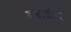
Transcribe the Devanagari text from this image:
बधाईयां